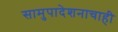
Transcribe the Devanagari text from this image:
सामुपादेशनाचाही